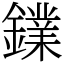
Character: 𨭥